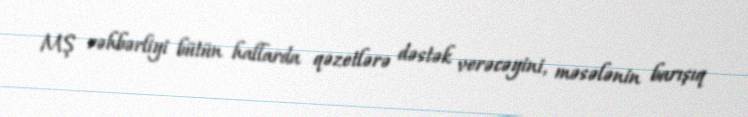
MŞ rəhbərliyi bütün hallarda qəzetlərə dəstək verəcəyini, məsələnin barışıq